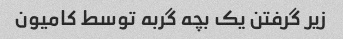
زیر گرفتن یک بچه گربه توسط کامیون